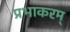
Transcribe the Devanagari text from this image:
प्रभाकरम्